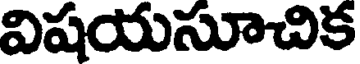
విషయసూచిక